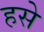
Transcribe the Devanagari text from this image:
हसे